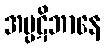
အပ္ပဋိဘာနေ